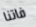
فاتنا